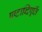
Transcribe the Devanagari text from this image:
षष्टाब्दिपूर्ति